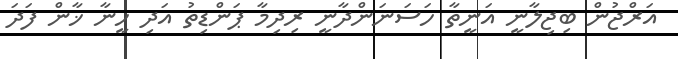
އަރްޖުން ބިޖިލާނީ އަނީތާ ހަސަނަންދާނީ ރިދިމާ ޕަންޑިތު އަދި ހީނާ ޚާން ފަދަ